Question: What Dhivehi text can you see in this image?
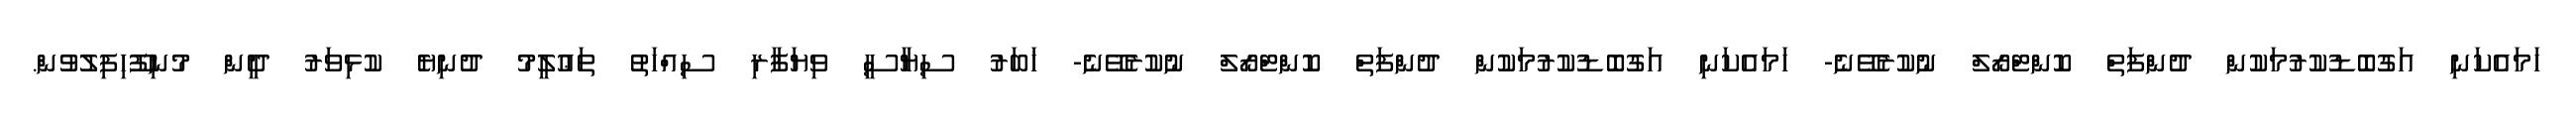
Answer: ހަމައެކަނި އަގުބޮޑުކުރުމަކުން ދުންފަތް ކޮންޓްރޯލް ނުކުރެވޭނެ- ހަމައެކަނި އަގުބޮޑުކުރުމަކުން ދުންފަތް ކޮންޓްރޯލް ނުކުރެވޭނެ- ޚަބަރު ސިޔާސީ ވިޔަފާރި ސިއްހަތު ތަޢުލީމު ދުނިޔެ ކުޅިވަރު ދީން މުނިފޫހިފިލުވުން.